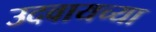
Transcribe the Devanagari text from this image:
उदवायच्या